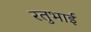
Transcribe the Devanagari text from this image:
रतुभाई